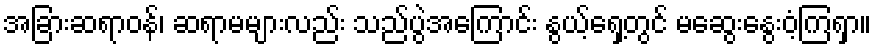
အခြားဆရာဝန်၊ ဆရာမများလည်း သည်ပွဲအကြောင်း နွယ့်ရှေ့တွင် မဆွေးနွေးဝံ့ကြရှာ။